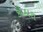
કોઠારા